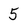
Character: 5